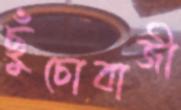
ছুঁচোবাজী